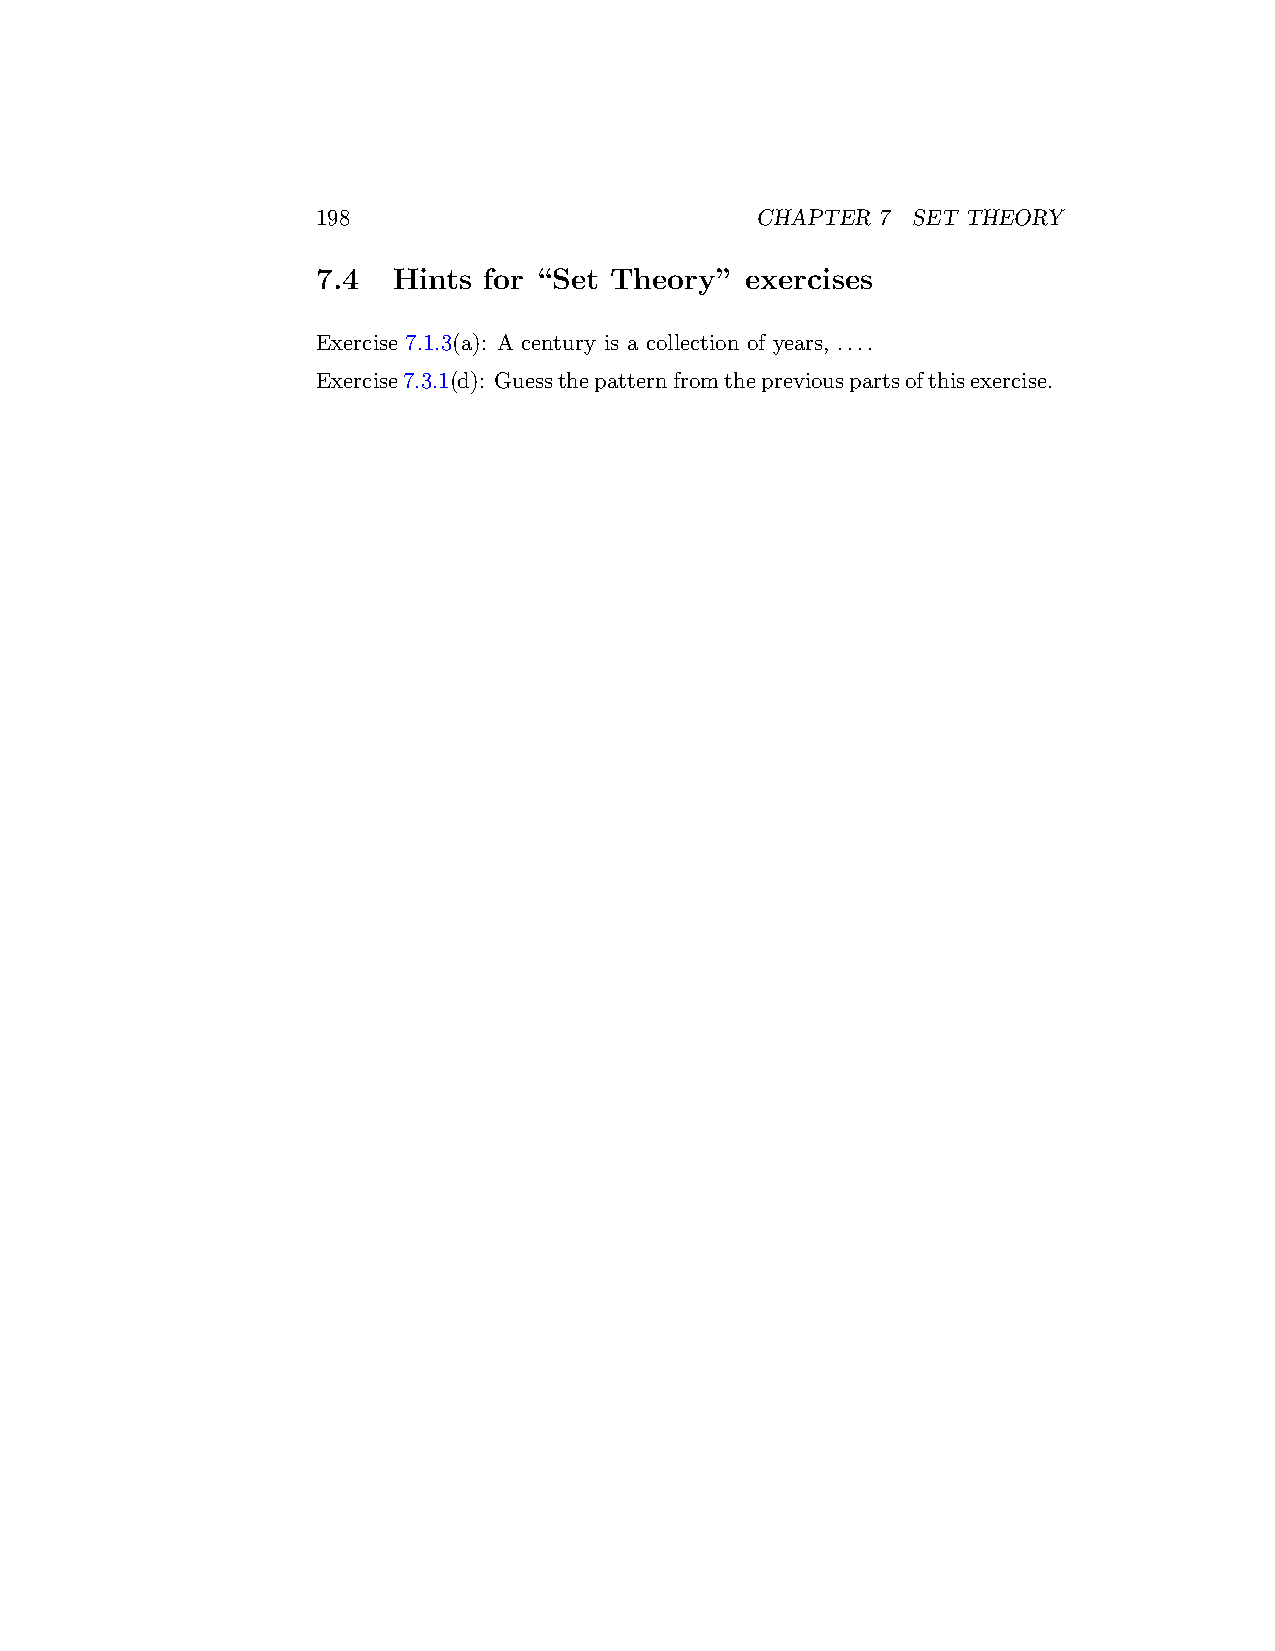
198                          CHAPTER 7 SET THEORY
 7.4  Hints for “Set Theory” exercises
 Exercise 7.1.3(a): A century is a collection of years, ....
 Exercise7.3.1(d): Guessthepatternfromthepreviouspartsofthisexercise.